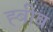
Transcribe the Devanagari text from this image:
ह्बीब